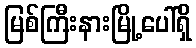
မြစ်ကြီးနားမြို့ပေါ်ရှိ